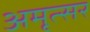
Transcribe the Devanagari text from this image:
अमृत्सर